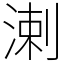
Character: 溂